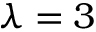
\lambda = 3